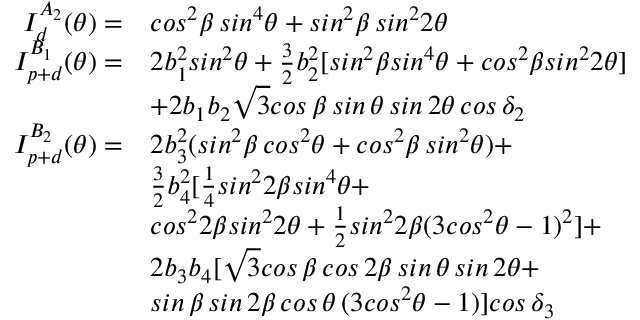
\begin{array} { r l } { I _ { d } ^ { A _ { 2 } } ( \theta ) = } & { c o s ^ { 2 } \beta \, s i n ^ { 4 } \theta + s i n ^ { 2 } \beta \, s i n ^ { 2 } 2 \theta } \\ { I _ { p + d } ^ { B _ { 1 } } ( \theta ) = } & { 2 b _ { 1 } ^ { 2 } s i n ^ { 2 } \theta + \frac { 3 } { 2 } b _ { 2 } ^ { 2 } [ s i n ^ { 2 } \beta s i n ^ { 4 } \theta + c o s ^ { 2 } \beta s i n ^ { 2 } 2 \theta ] } \\ & { + 2 b _ { 1 } b _ { 2 } \sqrt { 3 } c o s \, \beta \, s i n \, \theta \, s i n \, 2 \theta \, c o s \, \delta _ { 2 } } \\ { I _ { p + d } ^ { B _ { 2 } } ( \theta ) = } & { 2 b _ { 3 } ^ { 2 } ( s i n ^ { 2 } \beta \, c o s ^ { 2 } \theta + c o s ^ { 2 } \beta \, s i n ^ { 2 } \theta ) + } \\ & { \frac { 3 } { 2 } b _ { 4 } ^ { 2 } [ \frac { 1 } { 4 } s i n ^ { 2 } 2 \beta s i n ^ { 4 } \theta + } \\ & { c o s ^ { 2 } 2 \beta s i n ^ { 2 } 2 \theta + \frac { 1 } { 2 } s i n ^ { 2 } 2 \beta ( 3 c o s ^ { 2 } \theta - 1 ) ^ { 2 } ] + } \\ & { 2 b _ { 3 } b _ { 4 } [ \sqrt { 3 } c o s \, \beta \, c o s \, 2 \beta \, s i n \, \theta \, s i n \, 2 \theta + } \\ & { s i n \, \beta \, s i n \, 2 \beta \, c o s \, \theta \, ( 3 c o s ^ { 2 } \theta - 1 ) ] c o s \, \delta _ { 3 } } \end{array}